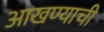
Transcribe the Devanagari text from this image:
आखण्याची